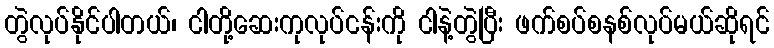
တွဲလုပ်နိုင်ပါတယ်၊ ငါတို့ဆေးကုလုပ်ငန်းကို ငါနဲ့တွဲပြီး ဖက်စပ်စနစ်လုပ်မယ်ဆိုရင်